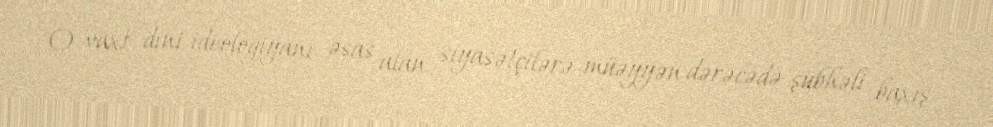
O vaxt dini ideologiyanı əsas alan siyasətçilərə müəyyən dərəcədə şübhəli baxış